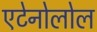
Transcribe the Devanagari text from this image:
एटेनोलोल